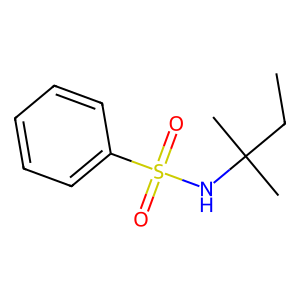
SMILES: CCC(C)(C)NS(=O)(=O)c1ccccc1
Inhibits HIV replication: No